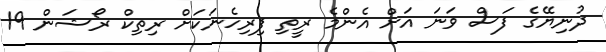
ދުނިޔޭގެ ފަސް ވަނަ އަށް އެންމެ ރީތި ފިރިހެނަކަށް ރިތިކް ރޯޝަން 19